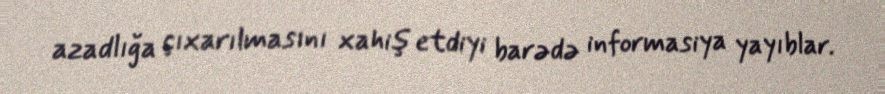
azadlığa çıxarılmasını xahiş etdiyi barədə informasiya yayıblar.